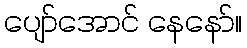
ပျော်အောင် နေနော်။